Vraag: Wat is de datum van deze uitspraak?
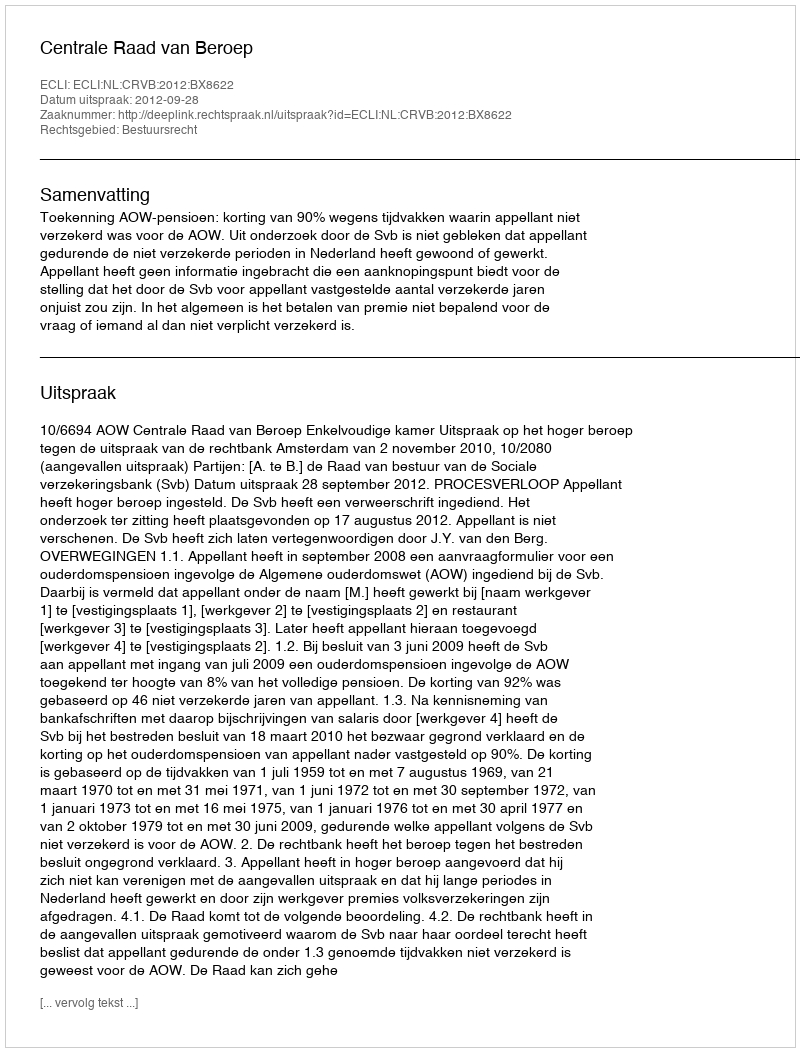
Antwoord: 2012-09-28